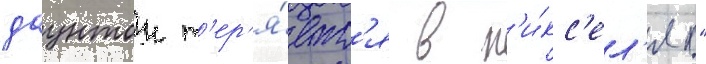
даунтон т'ер'я́етс'я в п'и́кс'ел'ях"